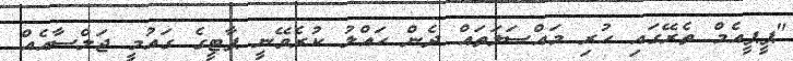
"ޕީޕީއެމް ތެރޭގައި ހުރި މައްސަލަތައް ދެން ހައްލު ކުރެވޭނީ ޕާޓީގެ ގައުމީ ޖަލްސާއެއް